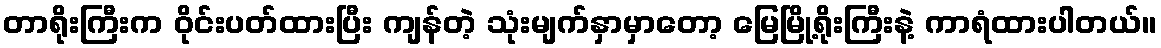
တာရိုးကြီးက ဝိုင်းပတ်ထားပြီး ကျန်တဲ့ သုံးမျက်နှာမှာတော့ မြေမြို့ရိုးကြီးနဲ့ ကာရံထားပါတယ်။